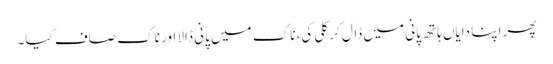
پھر اپنا دایاں ہاتھ پانی میں ڈال کر کلی کی، ناک میں پانی ڈالا اور ناک صاف کیا۔